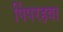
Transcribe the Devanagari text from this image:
पिंपरहवा